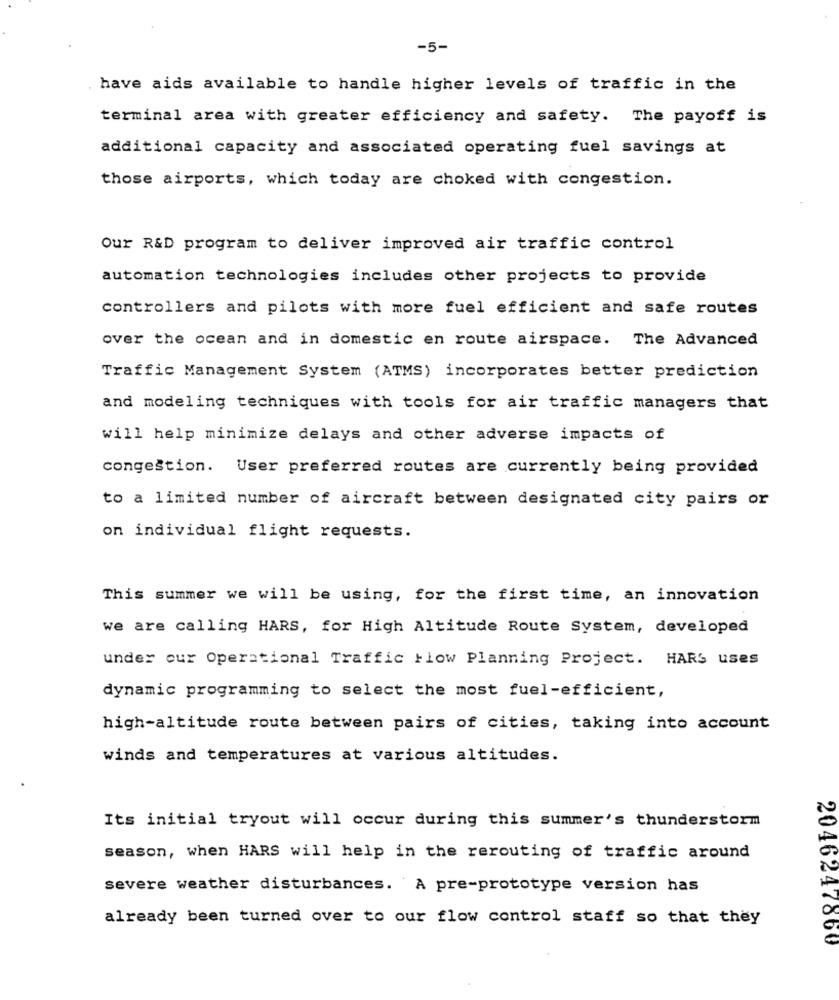
-5-
have aids available to handle higher levels of traffic in the
terminal area with greater efficiency and safety. The payoff is
additional capacity and associated operating fuel savings at
those airports, which today are choked with congestion.
Our R&D program to deliver improved air traffic control
automation technologies includes other projects to provide
controllers and pilots with more fuel efficient and safe routes
over the ocean and in domestic en route airspace. The Advanced
Traffic Management System (ATMS) incorporates better prediction
and modeling techniques with tools for air traffic managers that
will help minimize delays and other adverse impacts of
congestion. User preferred routes are currently being provided
to a limited number of aircraft between designated city pairs or
on individual flight requests.
This summer we will be using, for the first time, an innovation
we are calling HARS, for High Altitude Route System, developed
under our Operational Traffic Flow Planning Project. HARS uses
dynamic programming to select the most fuel-efficient,
high-altitude route between pairs of cities, taking into account
winds and temperatures at various altitudes.
Its initial tryout will occur during this summer's thunderstorm
season, when HARS will help in the rerouting of traffic around
severe weather disturbances. À pre-prototype version has
already been turned over to our flow control staff so that they
2046247860